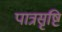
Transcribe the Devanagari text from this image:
पात्रसृष्टि